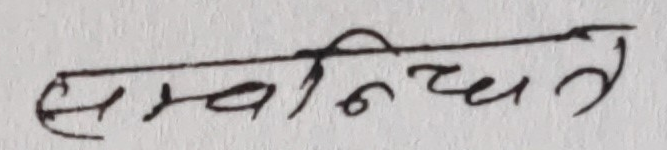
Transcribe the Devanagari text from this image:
स्वनिश्चित